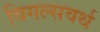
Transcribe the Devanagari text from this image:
विगल्सवर्थ